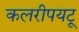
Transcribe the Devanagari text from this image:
कलरीपयटू